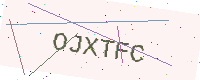
Text: OJXTFC